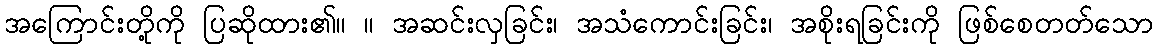
အကြောင်းတို့ကို ပြဆိုထား၏။ ။ အဆင်းလှခြင်း၊ အသံကောင်းခြင်း၊ အစိုးရခြင်းကို ဖြစ်စေတတ်သော